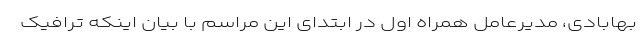
بهابادی، مدیرعامل همراه اول در ابتدای این مراسم با بیان اینکه ترافیک